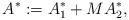
LaTeX: \begin{align*}A^*:=A_1^* + M A_2^*,\end{align*}